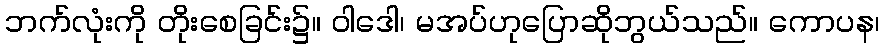
ဘက်လုံးကို တိုးစေခြင်း၌။ ဝါဒေါ၊ မအပ်ဟုပြောဆိုဘွယ်သည်။ ကောပန၊